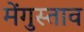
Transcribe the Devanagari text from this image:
मेंगुस्ताव